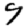
Digit: 9